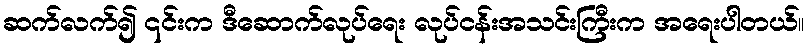
ဆက်လက်၍ ၎င်းက ဒီဆောက်လုပ်ရေး လုပ်ငန်းအသင်းကြီးက အရေးပါတယ်။